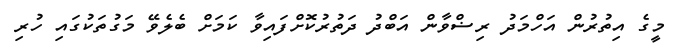
މީގެ އިތުރުން އަހްމަދު ރިޟްވާން އަބްދު ދަތުރުކޮށްފައިވާ ކަމަށް ބެލެވޭ މަގުތަކުގައި ހުރި